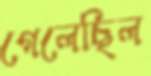
গেলেছিল